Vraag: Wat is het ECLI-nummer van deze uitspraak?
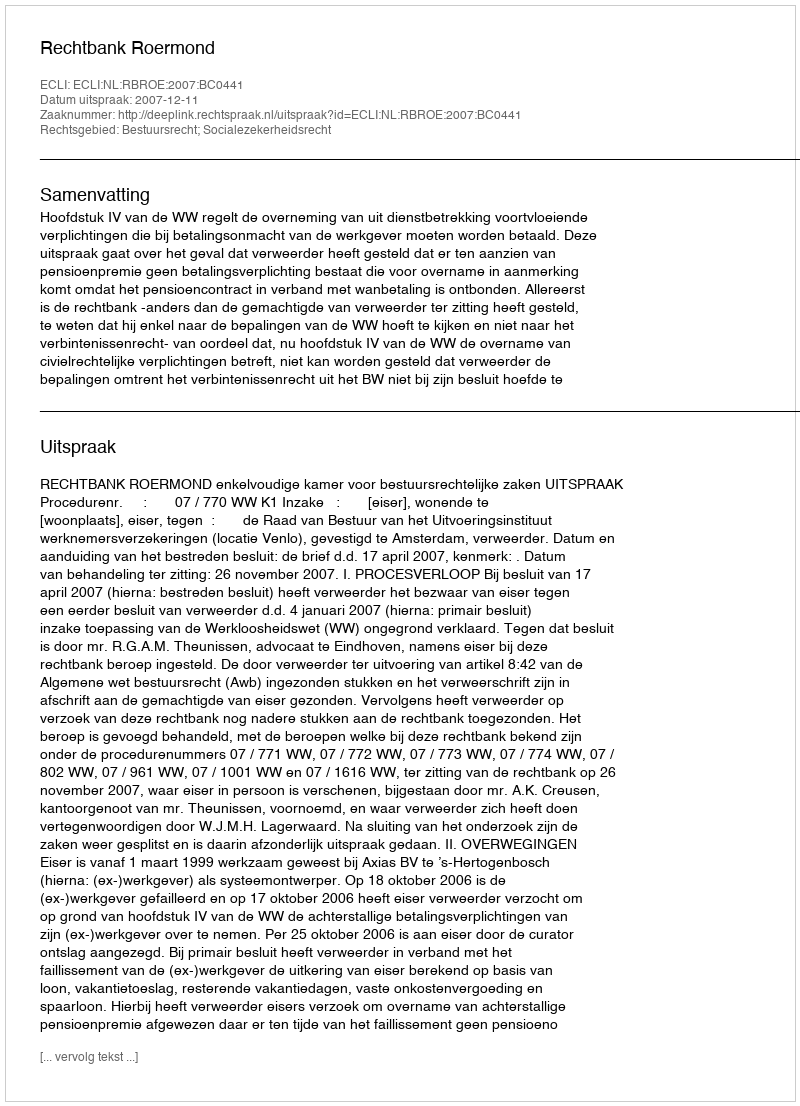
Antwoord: ECLI:NL:RBROE:2007:BC0441